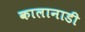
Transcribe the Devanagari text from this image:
कालानाडी